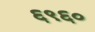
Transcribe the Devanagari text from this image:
६९६०